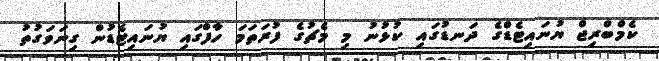
ކެމްބްރިޖް ޔުނައިޓެޑްގެ ދަނޑުގައި ކުޅުނު މި މެޗުގެ ފުރަތަމަ ހާފްގައި ޔުނައިޓެޑުން ގިނަވަގުތު